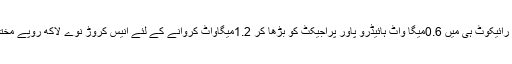
انہوں نے کہا کہ رائیکوٹ ہی میں 0.6میگا واٹ ہائیڈرو پاور پراجیکٹ کو بڑھا کر 1.2میگاواٹ کروانے کے لئے انیس کروڑ نوے لاکھ روپے مختص کروائے ہیں۔